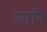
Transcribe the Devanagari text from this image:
रसनि